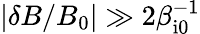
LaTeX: |\delta B/B_{0}|\gg 2\beta_{\mathrm{i0}}^{-1}